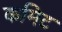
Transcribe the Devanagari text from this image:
कमिट